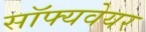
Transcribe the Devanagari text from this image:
सॉफ्यवेयर